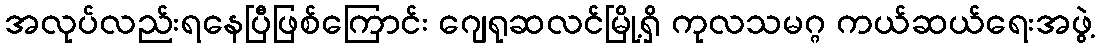
အလုပ်လည်းရနေပြီဖြစ်ကြောင်း ဂျေရုဆလင်မြို့ရှိ ကုလသမဂ္ဂ ကယ်ဆယ်ရေးအဖွဲ့